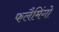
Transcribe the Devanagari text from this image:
फलैमिंगो